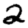
Digit: 2